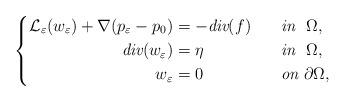
LaTeX: \begin{align*}\left\{\begin{aligned}\mathcal{L}_\varepsilon(w_\varepsilon) + \nabla (p_\varepsilon - p_0) &=-\emph{div}(f) & & \emph{in}~~\Omega,\\\emph{div}(w_\varepsilon) & = \eta && \emph{in}~~\Omega,\\w_\varepsilon & = 0 &\quad& \emph{on}~\partial\Omega,\end{aligned}\right.\end{align*}